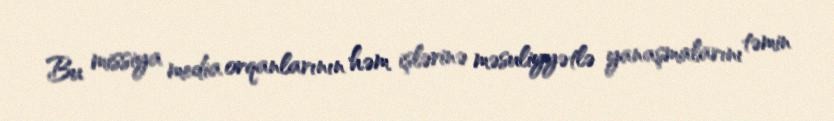
Bu missiya media orqanlarının həm işlərinə məsuliyyətlə yanaşmalarını təmin